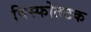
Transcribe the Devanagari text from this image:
विस्फोतटक